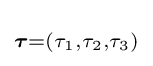
\scriptstyle {\boldsymbol {\tau }}=(\tau _{1},\tau _{2},\tau _{3})